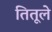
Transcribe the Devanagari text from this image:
तितूले